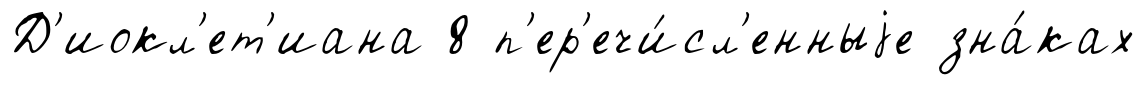
Д'иокл'ет'иана 8 п'ер'ечи́сл'енныjе зна́ках